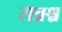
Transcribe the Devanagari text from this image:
रात्रश्च